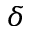
\delta